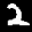
Label: 2